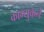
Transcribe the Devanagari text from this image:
काम्युकने